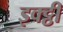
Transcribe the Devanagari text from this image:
इक्ट्ठी